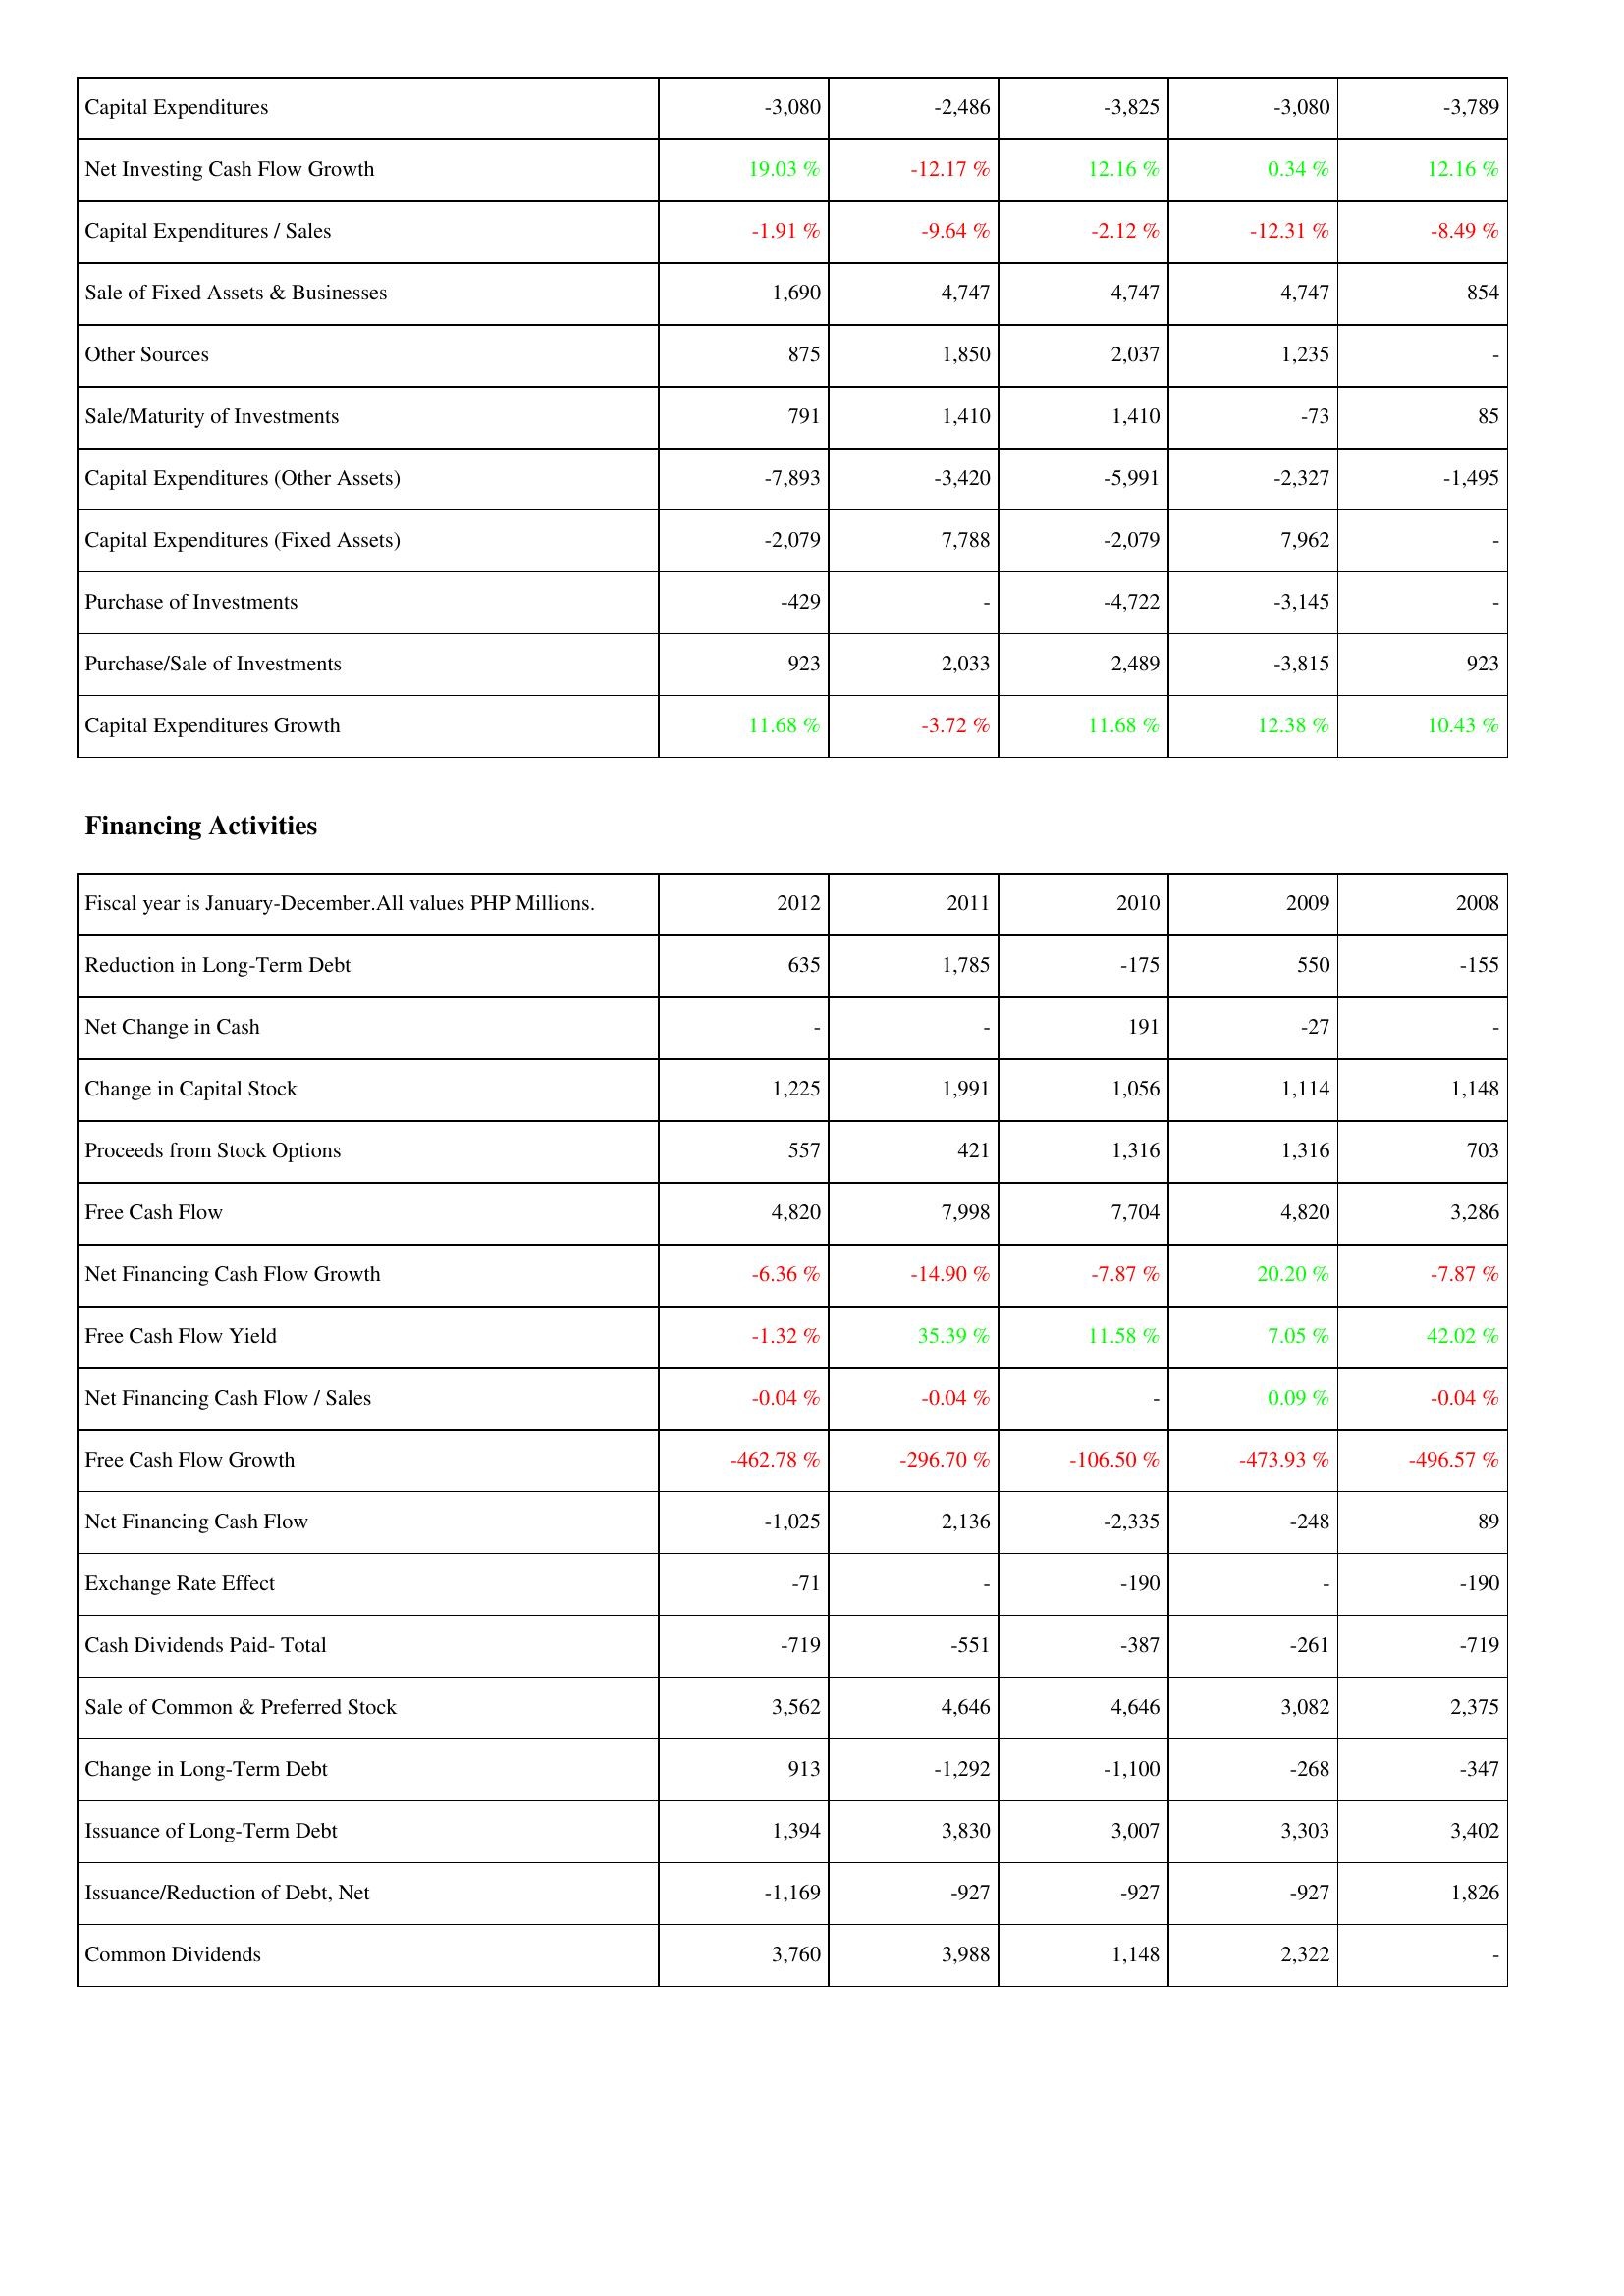
2012: Investing Activities: Capital Expenditures: -3,080
Net Investing Cash Flow Growth: 19.03 %
Capital Expenditures / Sales: -1.91 %
Sale of Fixed Assets & Businesses: 1,690
Other Sources: 875
Sale/Maturity of Investments: 791
Capital Expenditures (Other Assets): -7,893
Capital Expenditures (Fixed Assets): -2,079
Purchase of Investments: -429
Purchase/Sale of Investments: 923
Capital Expenditures Growth: 11.68 %
Financing Activities: Reduction in Long-Term Debt: 635
Net Change in Cash: -
Change in Capital Stock: 1,225
Proceeds from Stock Options: 557
Free Cash Flow: 4,820
Net Financing Cash Flow Growth: -6.36 %
Free Cash Flow Yield: -1.32 %
Net Financing Cash Flow / Sales: -0.04 %
Free Cash Flow Growth: -462.78 %
Net Financing Cash Flow: -1,025
Exchange Rate Effect: -71
Cash Dividends Paid- Total: -719
Sale of Common & Preferred Stock: 3,562
Change in Long-Term Debt: 913
Issuance of Long-Term Debt: 1,394
Issuance/Reduction of Debt, Net: -1,169
Common Dividends: 3,760
2011: Investing Activities: Capital Expenditures: -2,486
Net Investing Cash Flow Growth: -12.17 %
Capital Expenditures / Sales: -9.64 %
Sale of Fixed Assets & Businesses: 4,747
Other Sources: 1,850
Sale/Maturity of Investments: 1,410
Capital Expenditures (Other Assets): -3,420
Capital Expenditures (Fixed Assets): 7,788
Purchase of Investments: -
Purchase/Sale of Investments: 2,033
Capital Expenditures Growth: -3.72 %
Financing Activities: Reduction in Long-Term Debt: 1,785
Net Change in Cash: -
Change in Capital Stock: 1,991
Proceeds from Stock Options: 421
Free Cash Flow: 7,998
Net Financing Cash Flow Growth: -14.90 %
Free Cash Flow Yield: 35.39 %
Net Financing Cash Flow / Sales: -0.04 %
Free Cash Flow Growth: -296.70 %
Net Financing Cash Flow: 2,136
Exchange Rate Effect: -
Cash Dividends Paid- Total: -551
Sale of Common & Preferred Stock: 4,646
Change in Long-Term Debt: -1,292
Issuance of Long-Term Debt: 3,830
Issuance/Reduction of Debt, Net: -927
Common Dividends: 3,988
2010: Investing Activities: Capital Expenditures: -3,825
Net Investing Cash Flow Growth: 12.16 %
Capital Expenditures / Sales: -2.12 %
Sale of Fixed Assets & Businesses: 4,747
Other Sources: 2,037
Sale/Maturity of Investments: 1,410
Capital Expenditures (Other Assets): -5,991
Capital Expenditures (Fixed Assets): -2,079
Purchase of Investments: -4,722
Purchase/Sale of Investments: 2,489
Capital Expenditures Growth: 11.68 %
Financing Activities: Reduction in Long-Term Debt: -175
Net Change in Cash: 191
Change in Capital Stock: 1,056
Proceeds from Stock Options: 1,316
Free Cash Flow: 7,704
Net Financing Cash Flow Growth: -7.87 %
Free Cash Flow Yield: 11.58 %
Net Financing Cash Flow / Sales: -
Free Cash Flow Growth: -106.50 %
Net Financing Cash Flow: -2,335
Exchange Rate Effect: -190
Cash Dividends Paid- Total: -387
Sale of Common & Preferred Stock: 4,646
Change in Long-Term Debt: -1,100
Issuance of Long-Term Debt: 3,007
Issuance/Reduction of Debt, Net: -927
Common Dividends: 1,148
2009: Investing Activities: Capital Expenditures: -3,080
Net Investing Cash Flow Growth: 0.34 %
Capital Expenditures / Sales: -12.31 %
Sale of Fixed Assets & Businesses: 4,747
Other Sources: 1,235
Sale/Maturity of Investments: -73
Capital Expenditures (Other Assets): -2,327
Capital Expenditures (Fixed Assets): 7,962
Purchase of Investments: -3,145
Purchase/Sale of Investments: -3,815
Capital Expenditures Growth: 12.38 %
Financing Activities: Reduction in Long-Term Debt: 550
Net Change in Cash: -27
Change in Capital Stock: 1,114
Proceeds from Stock Options: 1,316
Free Cash Flow: 4,820
Net Financing Cash Flow Growth: 20.20 %
Free Cash Flow Yield: 7.05 %
Net Financing Cash Flow / Sales: 0.09 %
Free Cash Flow Growth: -473.93 %
Net Financing Cash Flow: -248
Exchange Rate Effect: -
Cash Dividends Paid- Total: -261
Sale of Common & Preferred Stock: 3,082
Change in Long-Term Debt: -268
Issuance of Long-Term Debt: 3,303
Issuance/Reduction of Debt, Net: -927
Common Dividends: 2,322
2008: Investing Activities: Capital Expenditures: -3,789
Net Investing Cash Flow Growth: 12.16 %
Capital Expenditures / Sales: -8.49 %
Sale of Fixed Assets & Businesses: 854
Other Sources: -
Sale/Maturity of Investments: 85
Capital Expenditures (Other Assets): -1,495
Capital Expenditures (Fixed Assets): -
Purchase of Investments: -
Purchase/Sale of Investments: 923
Capital Expenditures Growth: 10.43 %
Financing Activities: Reduction in Long-Term Debt: -155
Net Change in Cash: -
Change in Capital Stock: 1,148
Proceeds from Stock Options: 703
Free Cash Flow: 3,286
Net Financing Cash Flow Growth: -7.87 %
Free Cash Flow Yield: 42.02 %
Net Financing Cash Flow / Sales: -0.04 %
Free Cash Flow Growth: -496.57 %
Net Financing Cash Flow: 89
Exchange Rate Effect: -190
Cash Dividends Paid- Total: -719
Sale of Common & Preferred Stock: 2,375
Change in Long-Term Debt: -347
Issuance of Long-Term Debt: 3,402
Issuance/Reduction of Debt, Net: 1,826
Common Dividends: -